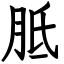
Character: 胝